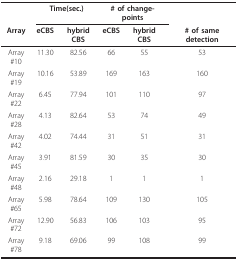
|  | <COLSPAN=2> Time(sec.) | <COLSPAN=2> # of change-points |  |
 | Array | eCBS | hybrid CBS | eCBS | hybrid CBS | # of same detection |
 | --- | --- | --- | --- | --- | --- |
 | Array #10 | 11.30 | 82.56 | 66 | 55 | 53 |
 | Array #19 | 10.16 | 53.89 | 169 | 163 | 160 |
 | Array #22 | 6.45 | 77.94 | 101 | 110 | 97 |
 | Array #28 | 4.13 | 82.64 | 53 | 74 | 49 |
 | Array #42 | 4.02 | 74.44 | 31 | 51 | 31 |
 | Array #45 | 3.91 | 81.59 | 30 | 35 | 30 |
 | Array #48 | 2.16 | 29.18 | 1 | 1 | 1 |
 | Array #65 | 5.98 | 78.64 | 109 | 130 | 105 |
 | Array #72 | 12.90 | 56.83 | 106 | 103 | 95 |
 | Array #78 | 9.18 | 69.06 | 99 | 108 | 99 |